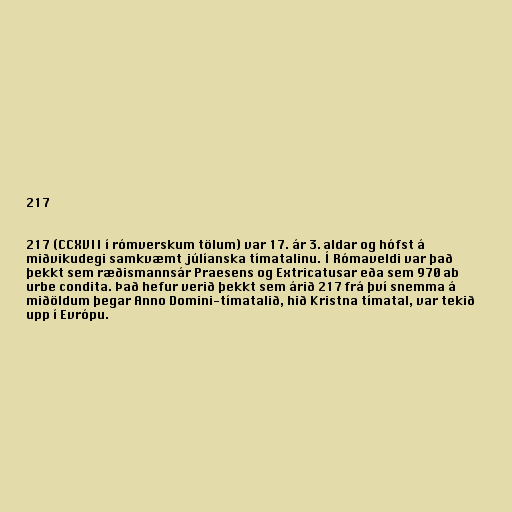
217

217 (CCXVII í rómverskum tölum) var 17. ár 3. aldar og hófst á
miðvikudegi samkvæmt júlíanska tímatalinu. Í Rómaveldi var það
þekkt sem ræðismannsár Praesens og Extricatusar eða sem 970 ab
urbe condita. Það hefur verið þekkt sem árið 217 frá því snemma á
miðöldum þegar Anno Domini-tímatalið, hið Kristna tímatal, var tekið
upp í Evrópu.